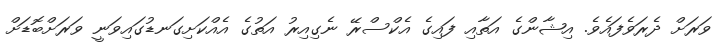
ވަރަށް ދެރަވެފައެވެ. އިޝާންގެ އަތާއި ފައިގެ އެކްސްރޭ ނެގިއިރު އަތުގެ އެއްކަށިގަނޑުގައިވަނީ ވަރަށްބޮޑަށް